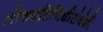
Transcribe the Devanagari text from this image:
लोकप्रतिनिधीसंबंधी